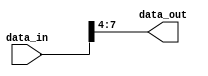
module part_select_assign (
   input [7:0] data_in,
   output [3:0] data_out
);

assign data_out = data_in[7:4];

endmodule